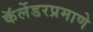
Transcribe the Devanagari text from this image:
कॅलेंडरप्रमाणे